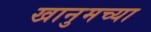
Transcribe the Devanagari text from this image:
खानुमच्या